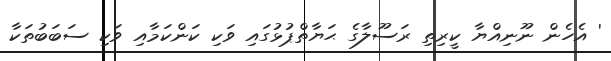
' އެހެން ނޫނިއްޔާ ކީރިތި ރަސޫލާގެ ޙަޔާތްޕުޅުގައި ވަކި ކަންކަމާއި ވަކި ސަބަބުތަކާ